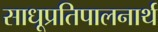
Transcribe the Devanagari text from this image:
साधूप्रतिपालनार्थ